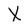
Character: X